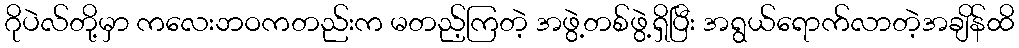
ဂိုပဲလ်တို့မှာ ကလေးဘဝကတည်းက မတည့်ကြတဲ့ အဖွဲ့တစ်ဖွဲ့ရှိပြီး အရွယ်ရောက်လာတဲ့အချိန်ထိ